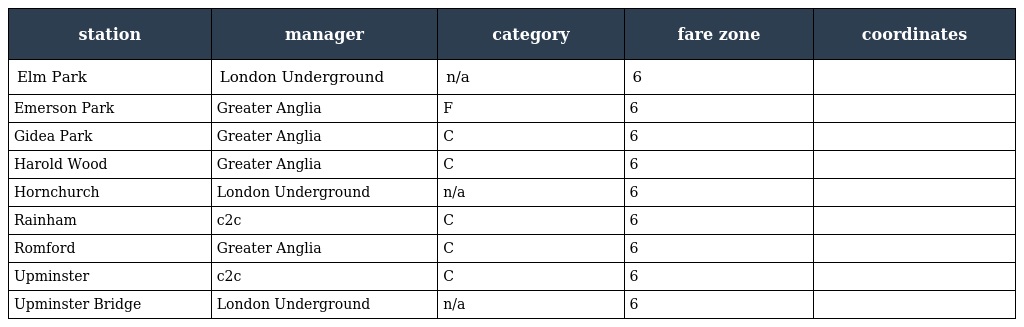
| station | manager | category | fare zone | coordinates |
 | --- | --- | --- | --- | --- |
 | Elm Park | London Underground | n/a | 6 |  |
 | Emerson Park | Greater Anglia | F | 6 |  |
 | Gidea Park | Greater Anglia | C | 6 |  |
 | Harold Wood | Greater Anglia | C | 6 |  |
 | Hornchurch | London Underground | n/a | 6 |  |
 | Rainham | c2c | C | 6 |  |
 | Romford | Greater Anglia | C | 6 |  |
 | Upminster | c2c | C | 6 |  |
 | Upminster Bridge | London Underground | n/a | 6 |  |